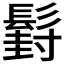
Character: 𮫍